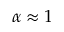
\alpha \approx 1